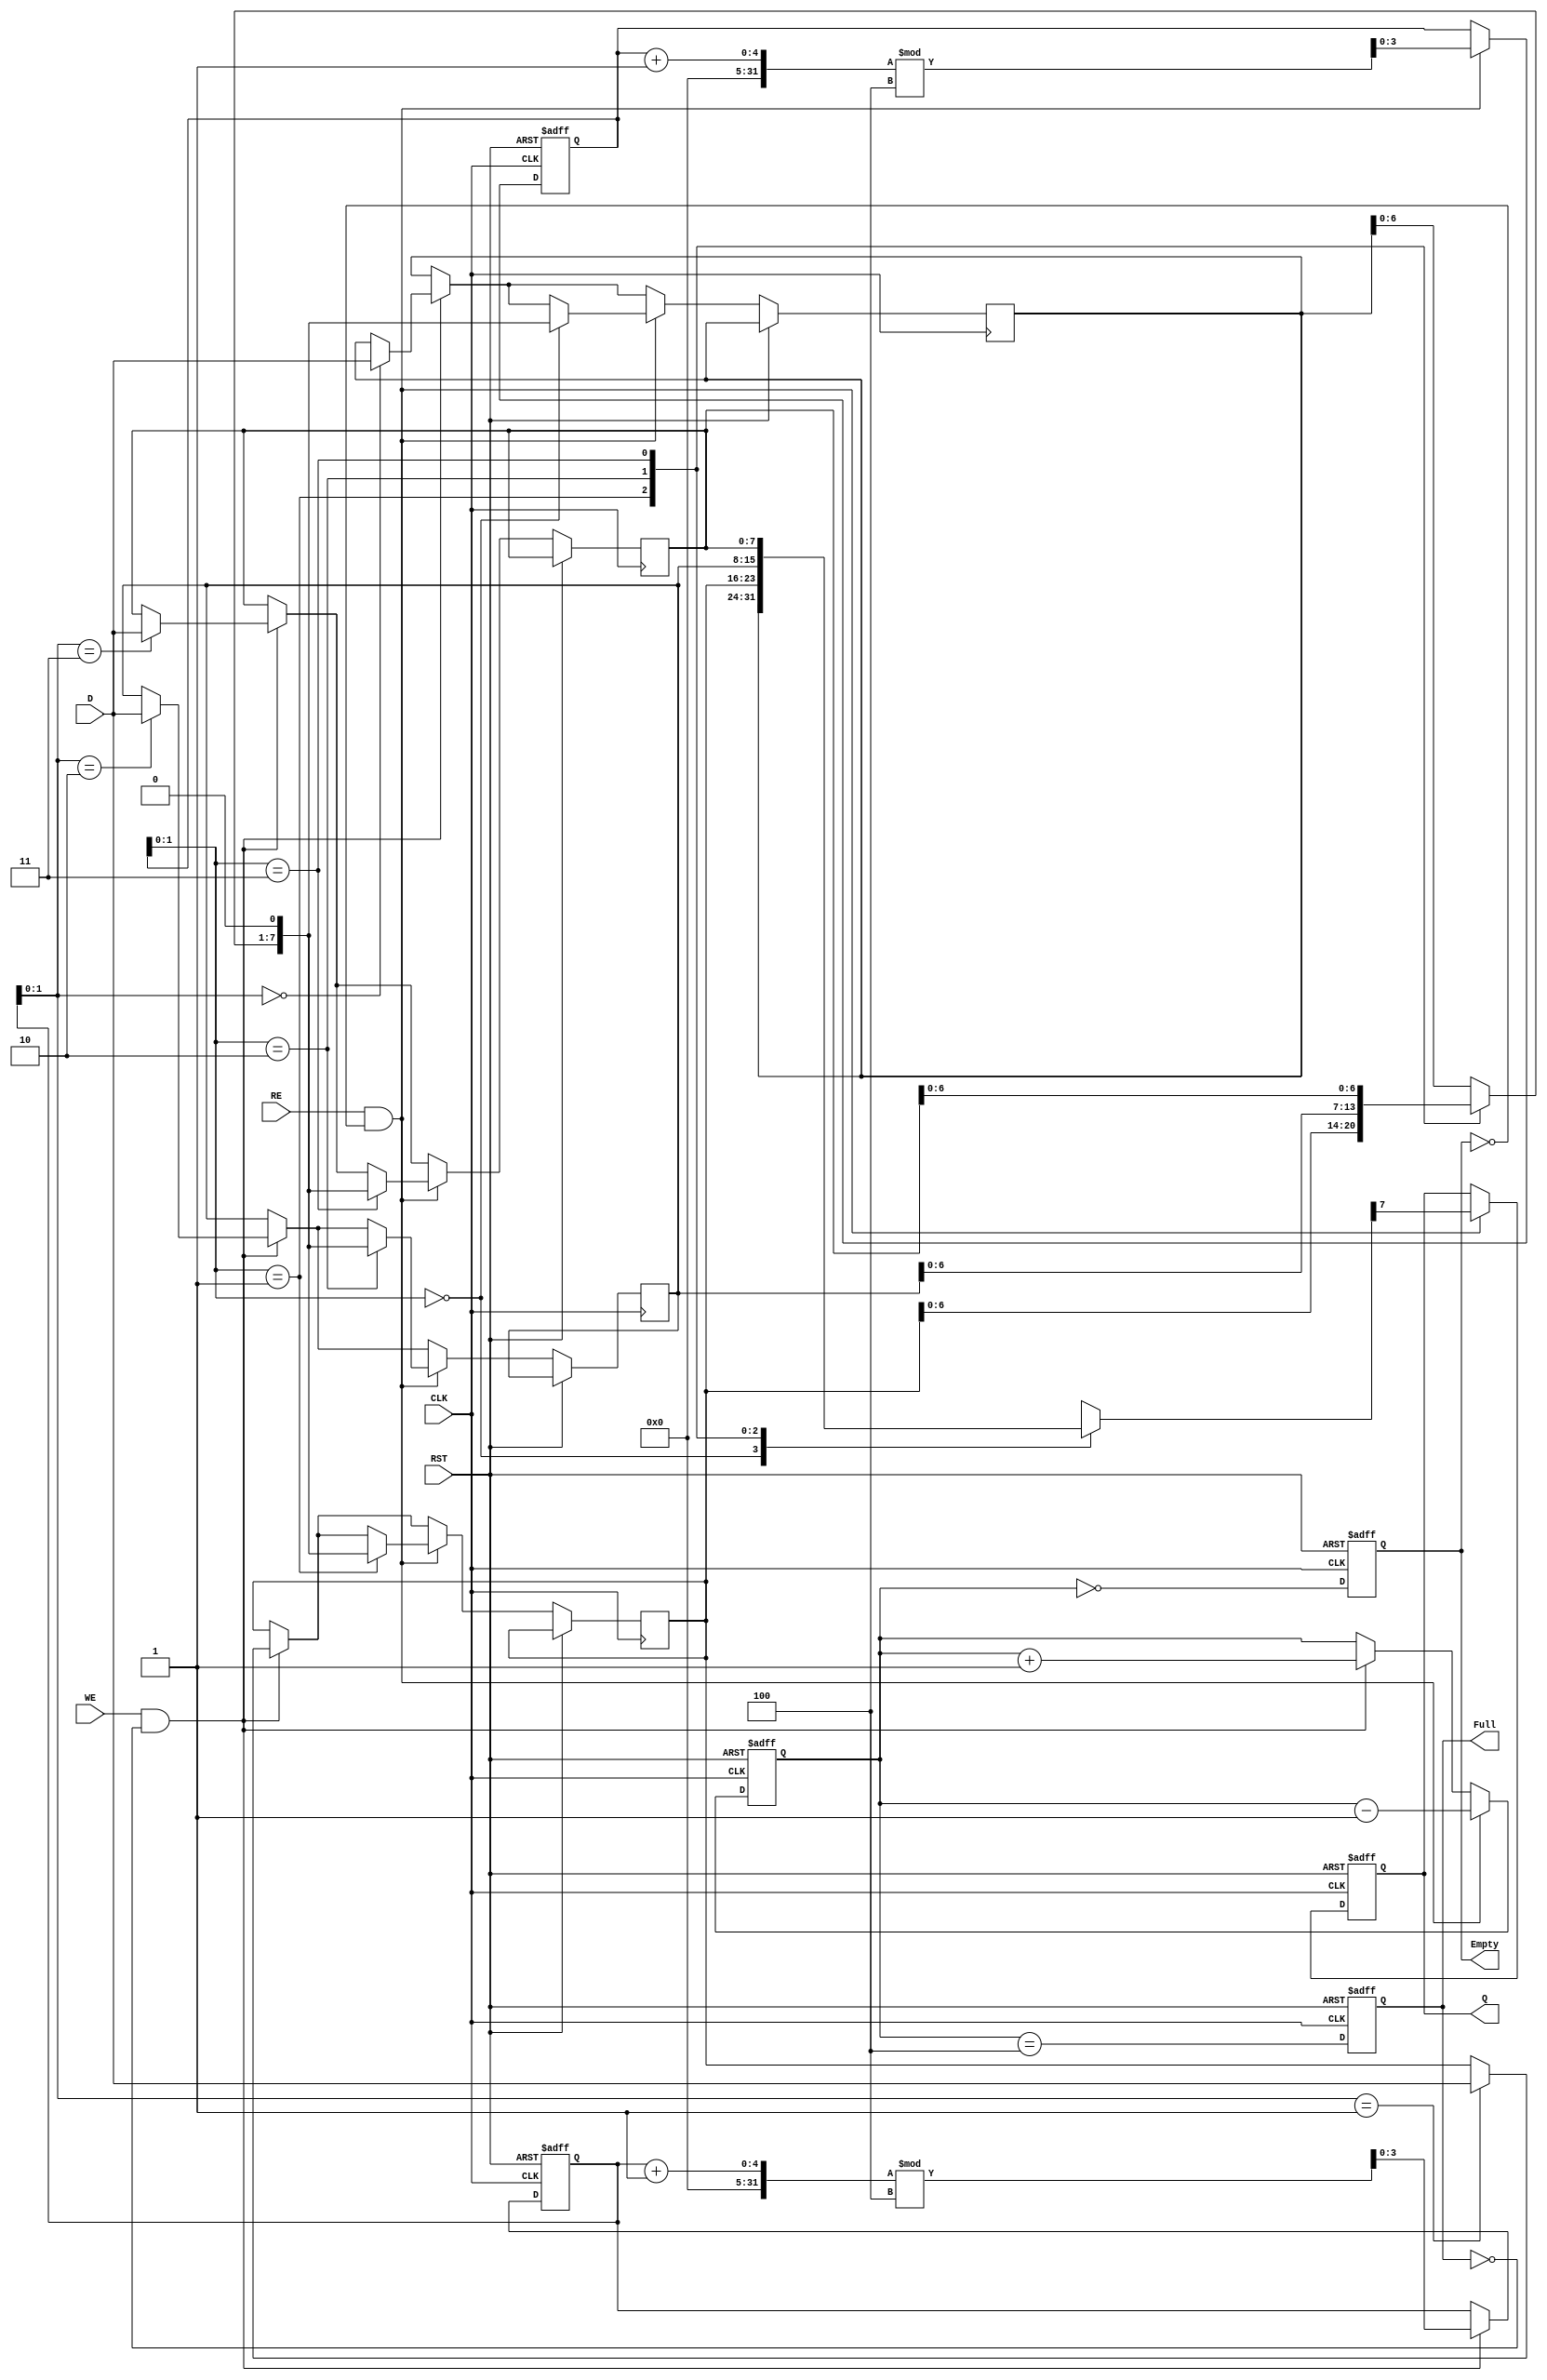
module fifo_piso #(
    parameter DATA_WIDTH = 8,  // Width of the parallel data input
    parameter FIFO_DEPTH = 4    // Number of entries in the FIFO
)(
    input wire [DATA_WIDTH-1:0] D,   // Parallel Data Input
    input wire WE,                    // Write Enable
    input wire RE,                    // Read Enable
    input wire CLK,                   // Clock
    input wire RST,                   // Reset
    output reg Q,                     // Serial Output
    output reg Full,                  // Full Flag
    output reg Empty                  // Empty Flag
);

    // Internal storage for the FIFO
    reg [DATA_WIDTH-1:0] fifo_storage [0:FIFO_DEPTH-1];
    reg [3:0] write_pointer;          // Pointer for writing data
    reg [3:0] read_pointer;           // Pointer for reading data
    reg [3:0] count;                  // Number of items in the FIFO

    // Asynchronous reset
    always @(posedge CLK or posedge RST) begin
        if (RST) begin
            write_pointer <= 0;
            read_pointer <= 0;
            count <= 0;
            Full <= 0;
            Empty <= 1;
            Q <= 0;
        end else begin
            // Write operation
            if (WE && !Full) begin
                fifo_storage[write_pointer] <= D;
                write_pointer <= (write_pointer + 1) % FIFO_DEPTH;
                count <= count + 1;
            end
            
            // Read operation
            if (RE && !Empty) begin
                Q <= fifo_storage[read_pointer][DATA_WIDTH-1]; // Output MSB
                fifo_storage[read_pointer] <= {fifo_storage[read_pointer][DATA_WIDTH-2:0], 1'b0}; // Shift left
                read_pointer <= (read_pointer + 1) % FIFO_DEPTH;
                count <= count - 1;
            end
            
            // Update Full and Empty flags
            Full <= (count == FIFO_DEPTH);
            Empty <= (count == 0);
        end
    end

endmodule